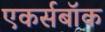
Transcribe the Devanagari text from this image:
एकर्सबॉक